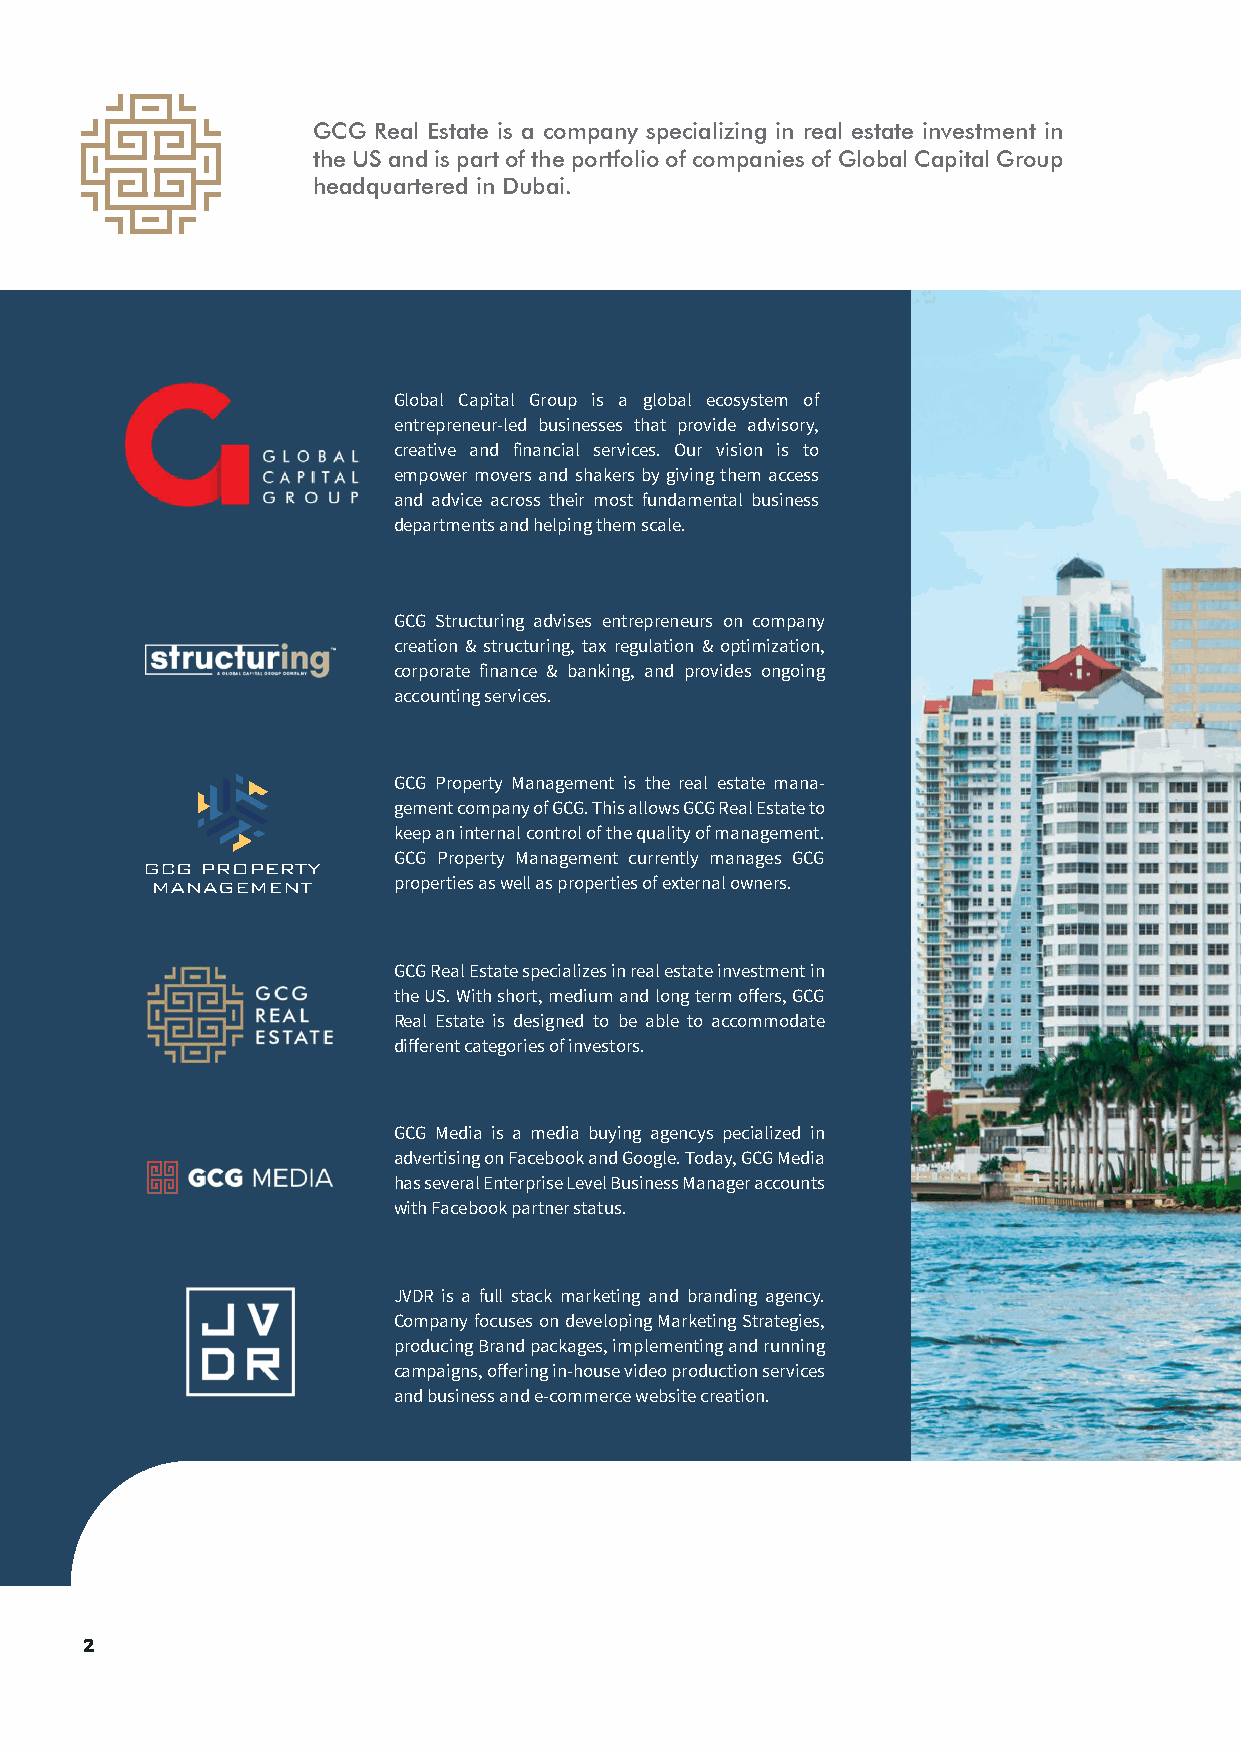
GCG Real Estate is a company specializing in real estate investment in
 the US and is part of the portfolio of companies of Global Capital Group
 headquartered in Dubai.
 Global Capital Group is a global ecosystem of
 entrepreneur-led businesses that provide advisory,
 creative and financial services. Our vision is to
 empower movers and shakers by giving them access
 and advice across their most fundamental business
 departments and helping them scale.
 GCG Structuring advises entrepreneurs on company
 creation & structuring, tax regulation & optimization,
 corporate finance & banking, and provides ongoing
 accounting services.
 GCG Property Management is the real estate mana-
 gement company of GCG. This allows GCG Real Estate to
 keep an internal control of the quality of management.
 GCG Property Management currently manages GCG
 properties as well as properties of external owners.
 GCG Real Estate specializes in real estate investment in
 the US. With short, medium and long term offers, GCG
 Real Estate is designed to be able to accommodate
 different categories of investors.
 GCG Media is a media buying agencys pecialized in
 advertising on Facebook and Google. Today, GCG Media
 has several Enterprise Level Business Manager accounts
 with Facebook partner status.
 JVDR is a full stack marketing and branding agency.
 Company focuses on developing Marketing Strategies,
 producing Brand packages, implementing and running
 campaigns, offering in-house video production services
 and business and e-commerce website creation.
 2